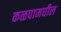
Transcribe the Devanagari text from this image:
कळपामधील